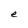
Character: e